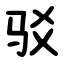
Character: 驳